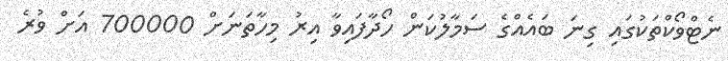
ނެޓްވޯކްތަކުގައި ގިނަ ބައެއްގެ ސަމާލުކަން ހޯދާފައިވާ އިރު މިހާތަނަށް 700000 އަށް ވުރެ